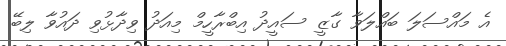
އެ މައްސަލަ ބައްލަވާ ގާޒީ ސައީދު އިބްރާހީމް މިއަދު ވިދާޅުވި ދައުވާ ލިބޭ